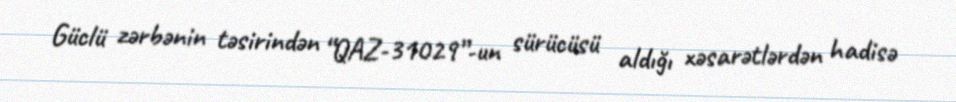
Güclü zərbənin təsirindən “QAZ-31029”-un sürücüsü aldığı xəsarətlərdən hadisə